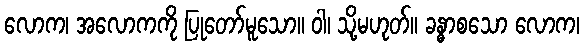
လောက၊ အလောကကို ပြုတော်မူသော။ ဝါ၊ သို့မဟုတ်။ ခန္ဓာစသော လောက၊